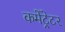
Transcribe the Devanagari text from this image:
कमेंट्रेटर